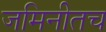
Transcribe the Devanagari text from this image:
जमिनीतच